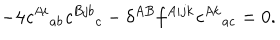
- 4 { \it c } ^ { A i } { } _ { a b } { \it c } ^ { B j b } { } _ { c } - \delta ^ { A B } f ^ { A i j k } { \it c } ^ { A k } { } _ { a c } = 0 .